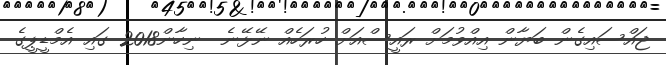
ޖައްސައިގެން ބަޔާން އިއްވުމަށް ރައީސްއަށް ހުރަހެއް ނޭޅޭނެ  ނިހާން2018 ގައި އެމްޑީޕީގެ